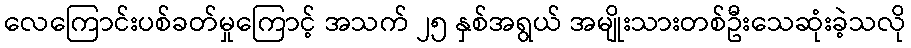
လေကြောင်းပစ်ခတ်မှုကြောင့် အသက် ၂၅ နှစ်အရွယ် အမျိုးသားတစ်ဦးသေဆုံးခဲ့သလို